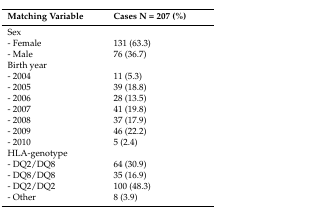
| Matching Variable | Cases N = 207 (%) |
 | --- | --- |
 | Sex |  |
 | - Female | 131 (63.3) |
 | - Male | 76 (36.7) |
 | Birth year |  |
 | - 2004 | 11 (5.3) |
 | - 2005 | 39 (18.8) |
 | - 2006 | 28 (13.5) |
 | - 2007 | 41 (19.8) |
 | - 2008 | 37 (17.9) |
 | - 2009 | 46 (22.2) |
 | - 2010 | 5 (2.4) |
 | HLA-genotype |  |
 | - DQ2/DQ8 | 64 (30.9) |
 | - DQ8/DQ8 | 35 (16.9) |
 | - DQ2/DQ2 | 100 (48.3) |
 | - Other | 8 (3.9) |